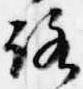
路